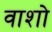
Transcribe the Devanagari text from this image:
वाशो